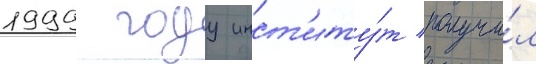
1999 году инст'иту́т получи́л